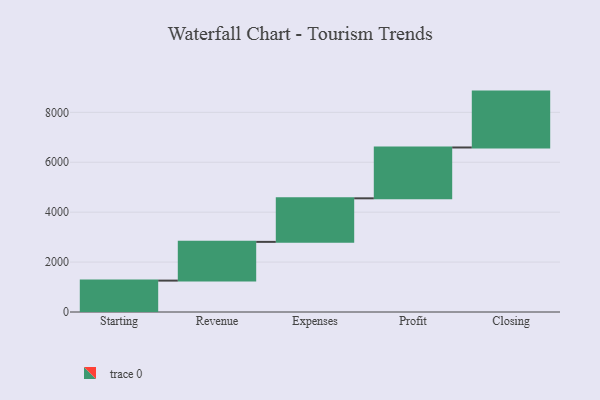
{"axis": {"x": "Step", "y": "Value"}, "legend": [""], "data": [{"x": "Starting", "y": 1258.0, "type": ""}, {"x": "Revenue", "y": 1552.0, "type": ""}, {"x": "Expenses", "y": 1745.0, "type": ""}, {"x": "Profit", "y": 2037.0, "type": ""}, {"x": "Closing", "y": 2239.0, "type": ""}]}